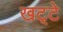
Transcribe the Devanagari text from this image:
खट्‌टे